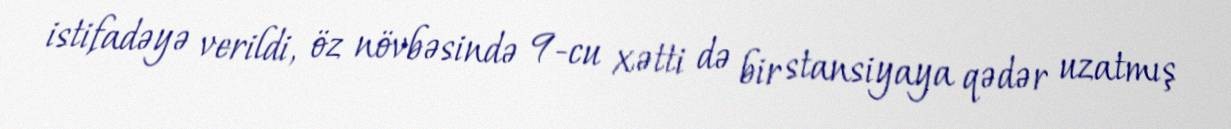
istifadəyə verildi, öz növbəsində 9-cu xətti də bir stansiyaya qədər uzatmış